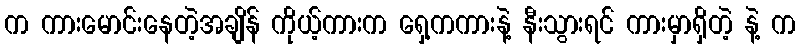
က ကားမောင်းနေတဲ့အချိန် ကိုယ့်ကားက ရှေ့ကကားနဲ့ နီးသွားရင် ကားမှာရှိတဲ့ နဲ့ က